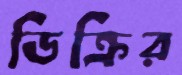
ডিক্রির